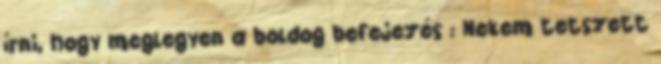
írni, hogy meglegyen a boldog befejezés : Nekem tetszett